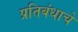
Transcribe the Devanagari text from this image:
प्रतिबंधाचे